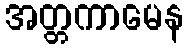
အတ္တကာမေန